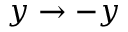
y \rightarrow - y